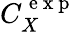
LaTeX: C_{X}^{\mathrm{~e~x~p~}}